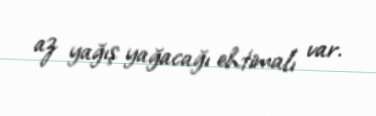
az yağış yağacağı ehtimalı var.